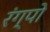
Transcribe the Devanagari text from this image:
रंग्पो